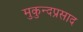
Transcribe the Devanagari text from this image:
मुकुन्दप्रसाद